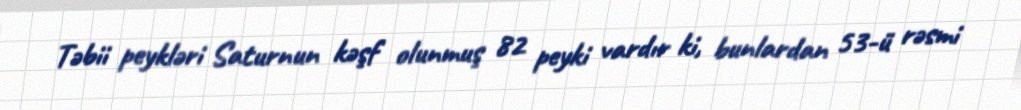
Təbii peykləri Saturnun kəşf olunmuş 82 peyki vardır ki, bunlardan 53-ü rəsmi